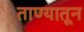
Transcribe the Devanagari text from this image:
ताण्यातून